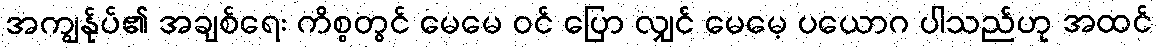
အကျွန်ုပ်၏ အချစ်ရေး ကိစ္စတွင် မေမေ ဝင် ပြော လျှင် မေမေ့ ပယောဂ ပါသည်ဟု အထင်